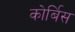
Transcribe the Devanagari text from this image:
कोर्बिस